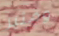
ومثير